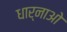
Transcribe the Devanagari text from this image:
धार्नाओ